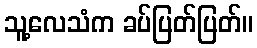
သူ့လေသံက ခပ်ပြတ်ပြတ်။